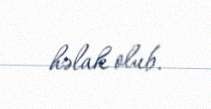
həlak olub.